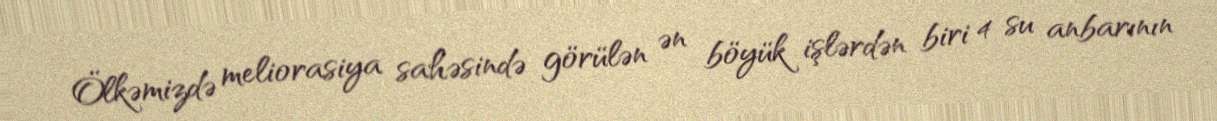
Ölkəmizdə meliorasiya sahəsində görülən ən böyük işlərdən biri 4 su anbarının